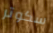
سكوتر